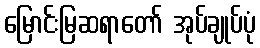
မြောင်းမြဆရာတော် အုပ်ချုပ်ပုံ